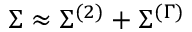
\Sigma \approx \Sigma ^ { ( 2 ) } + \Sigma ^ { ( \Gamma ) }